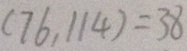
( 7 6 , 1 1 4 ) = 3 8